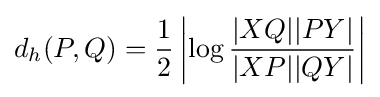
d_{h}(P,Q)={\frac {1}{2}}\left|\log {\frac {|XQ||PY|}{|XP||QY|}}\right|